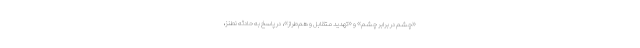
«چشم در برابر چشم» و «تهدید متقابل و هم‌طراز»، در پاسخ به حادثه نطنز،